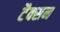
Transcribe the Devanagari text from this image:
टैक्सन